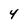
Character: 4